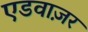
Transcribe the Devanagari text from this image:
एडवाज़र